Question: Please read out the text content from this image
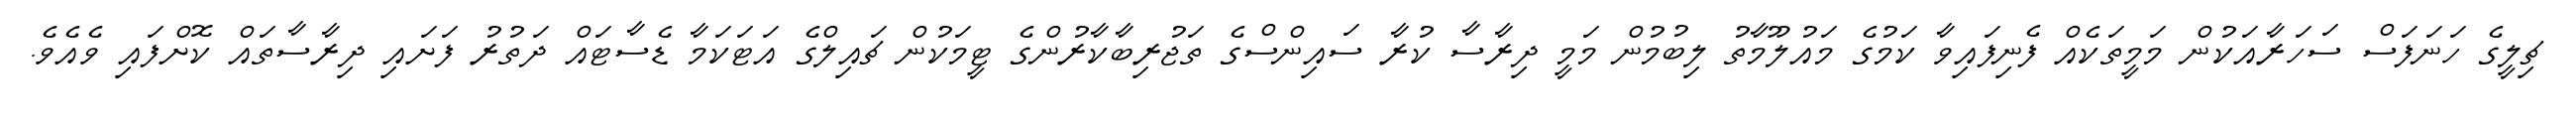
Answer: ޗިލީގެ ހަނަފަސް ސަހަރާއަކުން މަމީތަކެއް ފެނިފައިވާ ކަމުގެ މައުލޫމާތު ލިބުމުން މަމީ ދިރާސާ ކުރާ ސައިންސްގެ ތަޖުރިބާކާރުންގެ ޓީމަކުން ޗައިލްގެ އަޓަކަމާ ޑެސާޓައް ދަތުރު ފަށައި ދިރާސާތައް ކޮށްފައި ވެއެވެ.